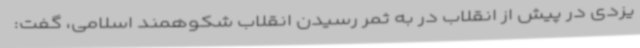
یزدی در پیش از انقلاب در به ثمر رسیدن انقلاب شکوهمند اسلامی، گفت: